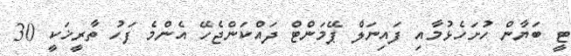
ޓީ ބަޔާން ހުށަހެޅުމާއި ފައިނަލް ޕޭމަންޓް ދައްކަންޖެހޭ އެންމެ ފަހު ތާރީޚަކީ 30